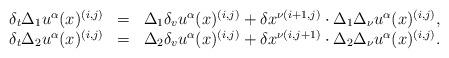
LaTeX: \begin{align*}\begin{array}{crl}\delta_t\Delta_1 u^\alpha (x)^{ (i,j)}&=&\Delta_1 \delta_vu^\alpha (x)^{ (i,j)}+\delta x^{\nu (i+1,j)}\cdot\Delta_1\Delta_\nu u^\alpha (x)^{ (i,j)},\\\delta_t\Delta_2 u^\alpha (x)^{ (i,j)}&=&\Delta_2 \delta_vu^\alpha (x)^{ (i,j)}+\delta x^{\nu (i,j+1)}\cdot\Delta_2\Delta_\nu u^\alpha (x)^{ (i,j)}.\\\end{array}\end{align*}